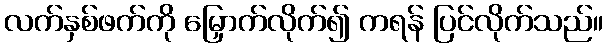
လက်နှစ်ဖက်ကို မြှောက်လိုက်၍ ကရန် ပြင်လိုက်သည်။